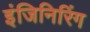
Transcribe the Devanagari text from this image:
इंजिनिरिंग